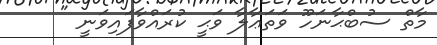
މާތް ސުބްޙާނަހޫ ވަތަޢާލާ ވަޙީ ކުރައްވާފައިވަނީ "